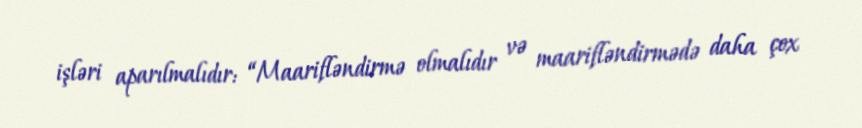
işləri aparılmalıdır: “Maarifləndirmə olmalıdır və maarifləndirmədə daha çox